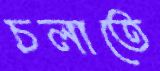
চলাতে